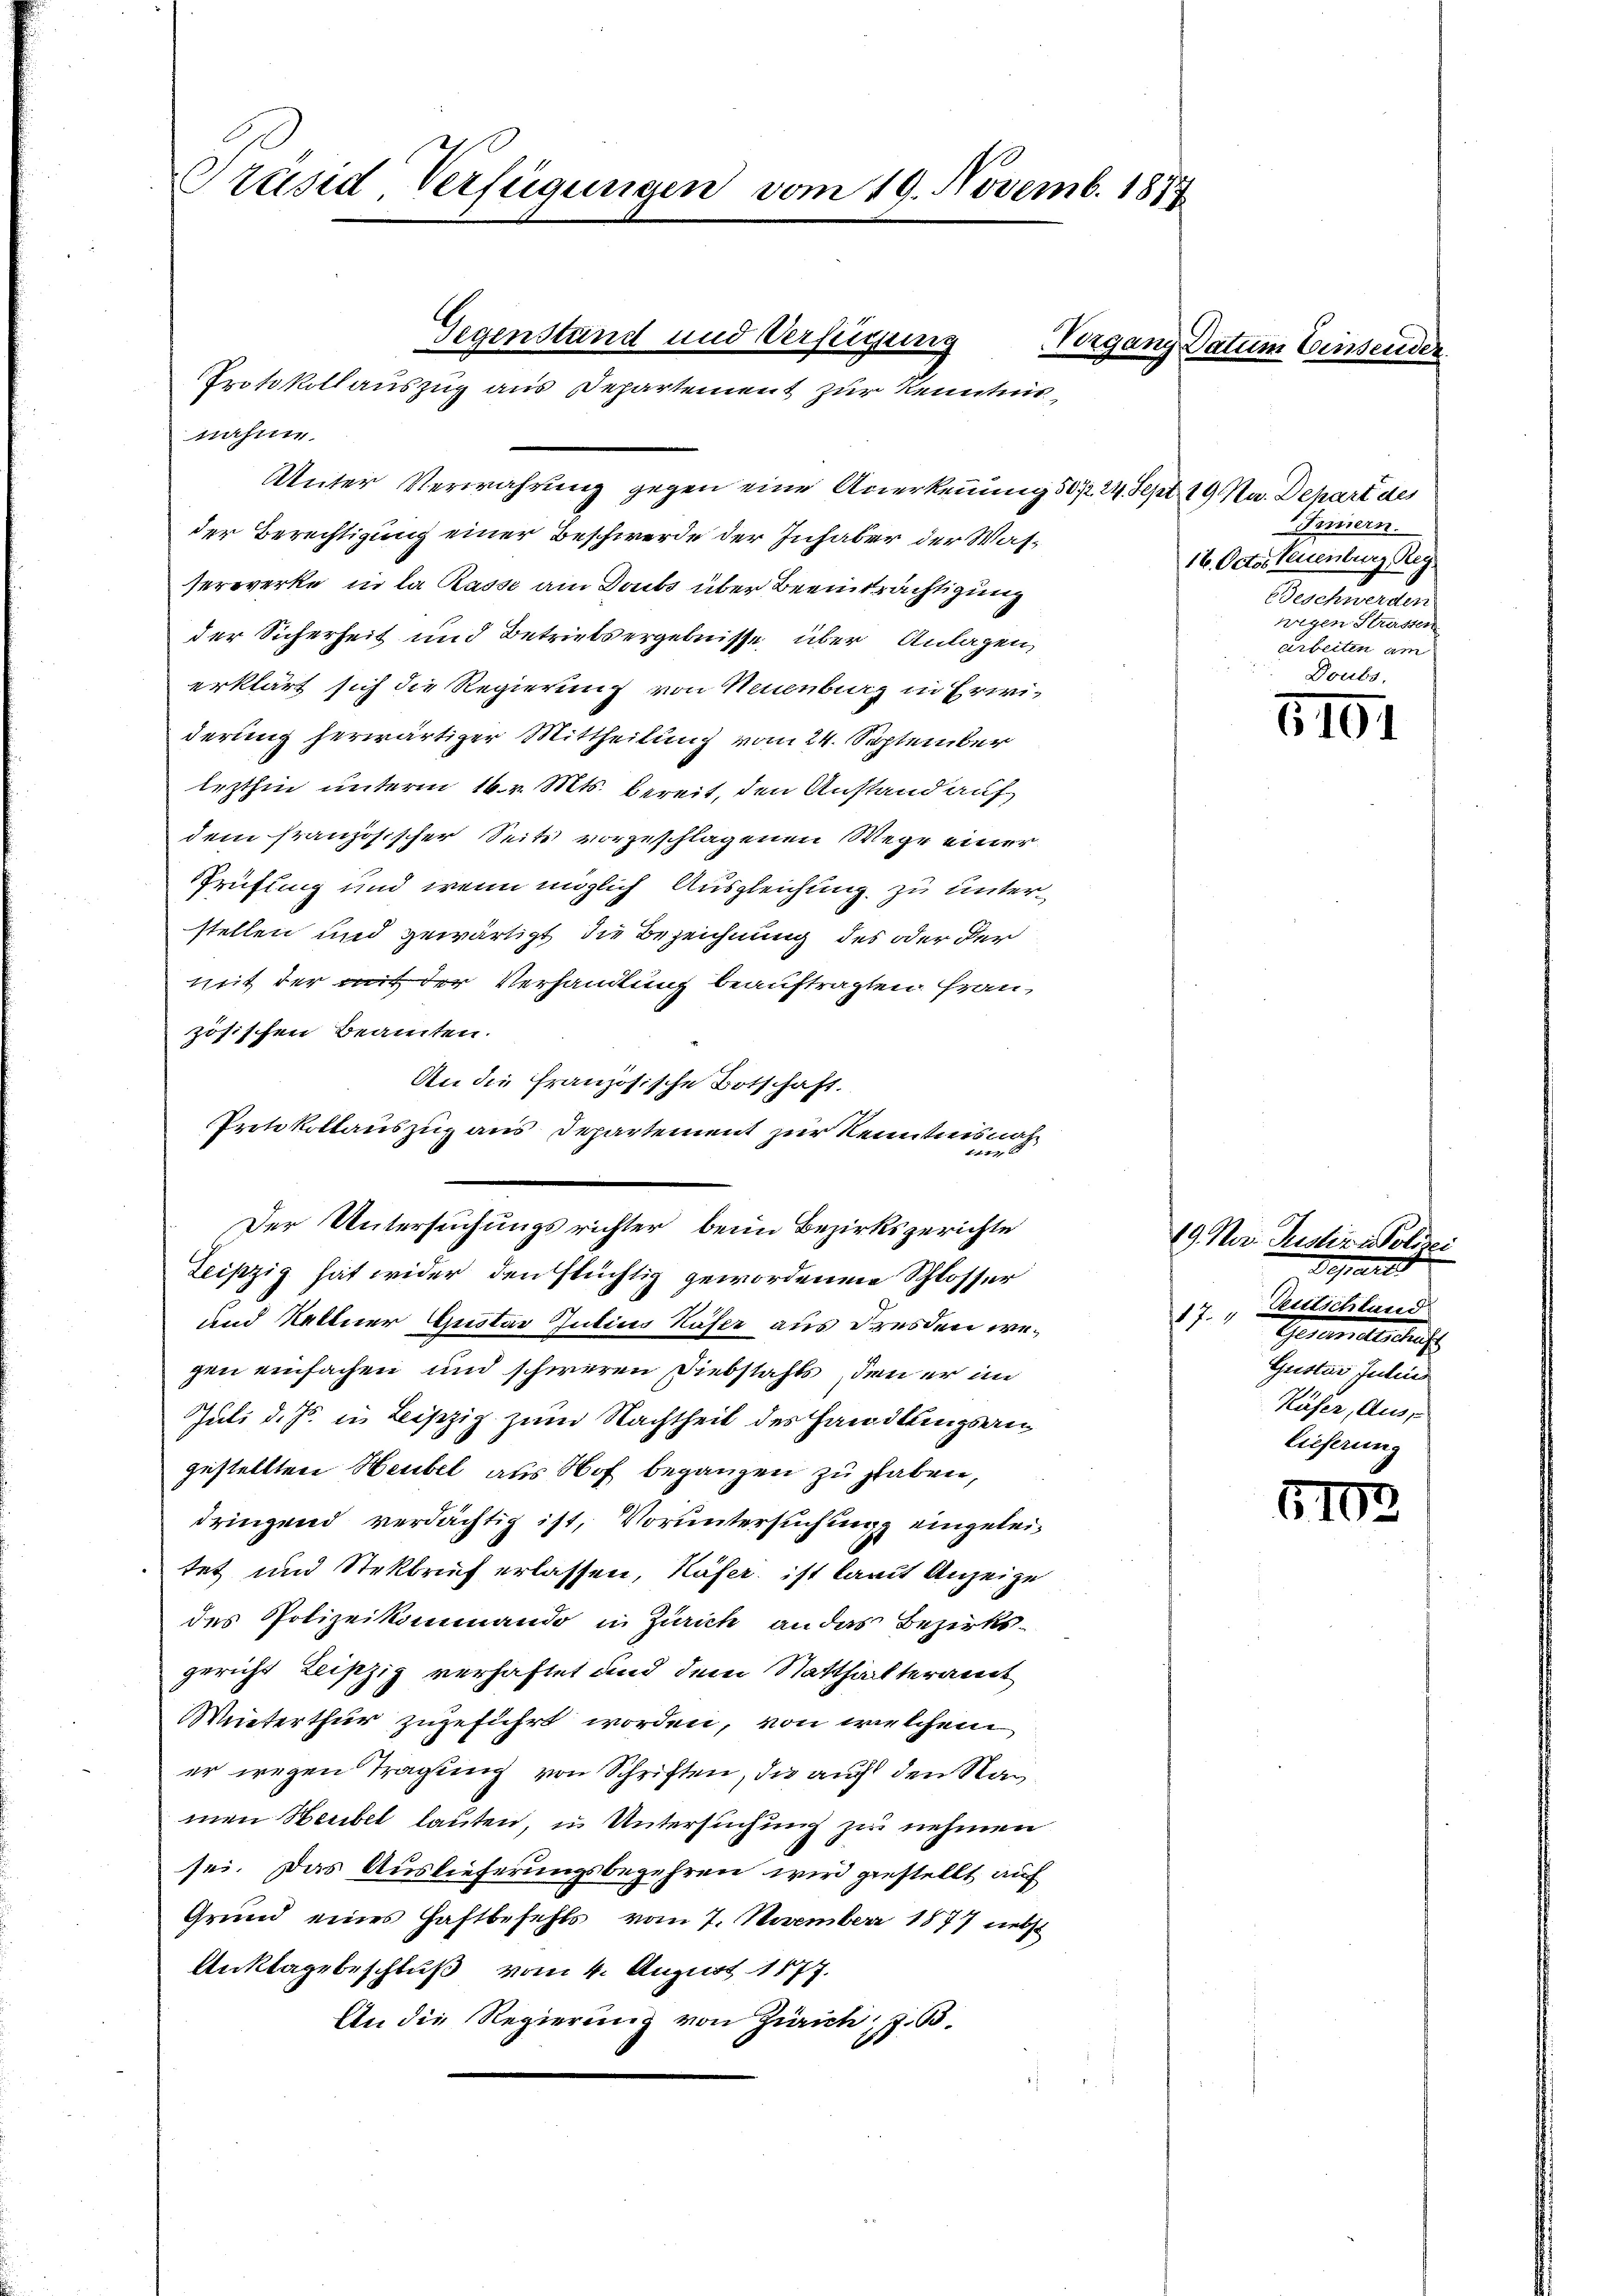
Präsid, Verfügungen vom 19. Novemb. 1857

nahm.

Unter Verwahrung gegen eine Anerkennung 502. 24. Sept. 19 Na. Depart des
der Berechtigung einer Beschwerde der Inhaber der Wasserwerke in la Rasse am Doubs über Beeinträchtigung
der Sicherheit und Betriebsergebnisse, über Anlagen,
erklärt sich die Regierung von Neuenburg in Erwiderung herwärtiger Mittheilung vom 24. September
lezthin unterm 16. v. Mts. bereit, den Anstand auf
dem französischer Seite vorgeschlagenen Wege einer
Prüfung und wenn möglich Ausgleichung zu unterstellen und gewärtigt die Bezeichnung des oder der
mit der mit der Verhandlung beauftragten Frau,
zösischen Beamten.
An die französische Botschaft.
Protokollauszug aus Departement zur Kenntnisnah¬
Leipzig hat wider den stüchtig gewordenen Schlosser
und Kaltner Gustav Julius Käser aus Freiden wegen einfachen und schweren Diebstahls, den er im
Juli d. Js. in Leipzig zum Nachtheil des Handlungsangestellten Heubel aus Hof begangen zu haben,
dringend verdächtig ist, Voruntersuchung eingeleitet und Stekbrief erlassen, Käfer ist laut Anzeige
des Polizeikommando in Zürich an das Bezirksgericht leiszig verhaftet und dem Statthalteramt
Winterthur zugeführt worden, von welchem
er wegen Tragung von Schriften, die auch den Namen Heubel lauten, in Untersuchung zu nehmen
sei. Das Auslieferungsbegehren wird gestellt, auf
Grund eines Haftbefehls vom 7. November 1877 nebst
Anklage beschluß vom 4. August 1877.
An die Regierung von Zürich, z. B.

Gegenstand und Verfügung
Protokollauszug aus Departement zur Kenntnis

Der Untersuchungsrichter, beim Bezirksgerichte

Vergang Datum Einsender

Innern.
16. Octor Neuenburg Reg.
BGeschwerden
wegen Strassen
arbeiten am
Doubs,

3101

19. Mar. Justiz - Polizei
Depart
Teutschland
17. 1
Gesandten auf
Grister Julius
Käser, Aus-
lieferung

5103